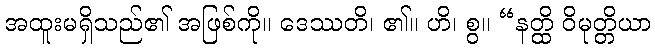
အထူးမရှိသည်၏ အဖြစ်ကို။ ဒေဿတိ၊ ၏။ ဟိ၊ စွ။ “နတ္ထိ ဝိမုတ္တိယာ